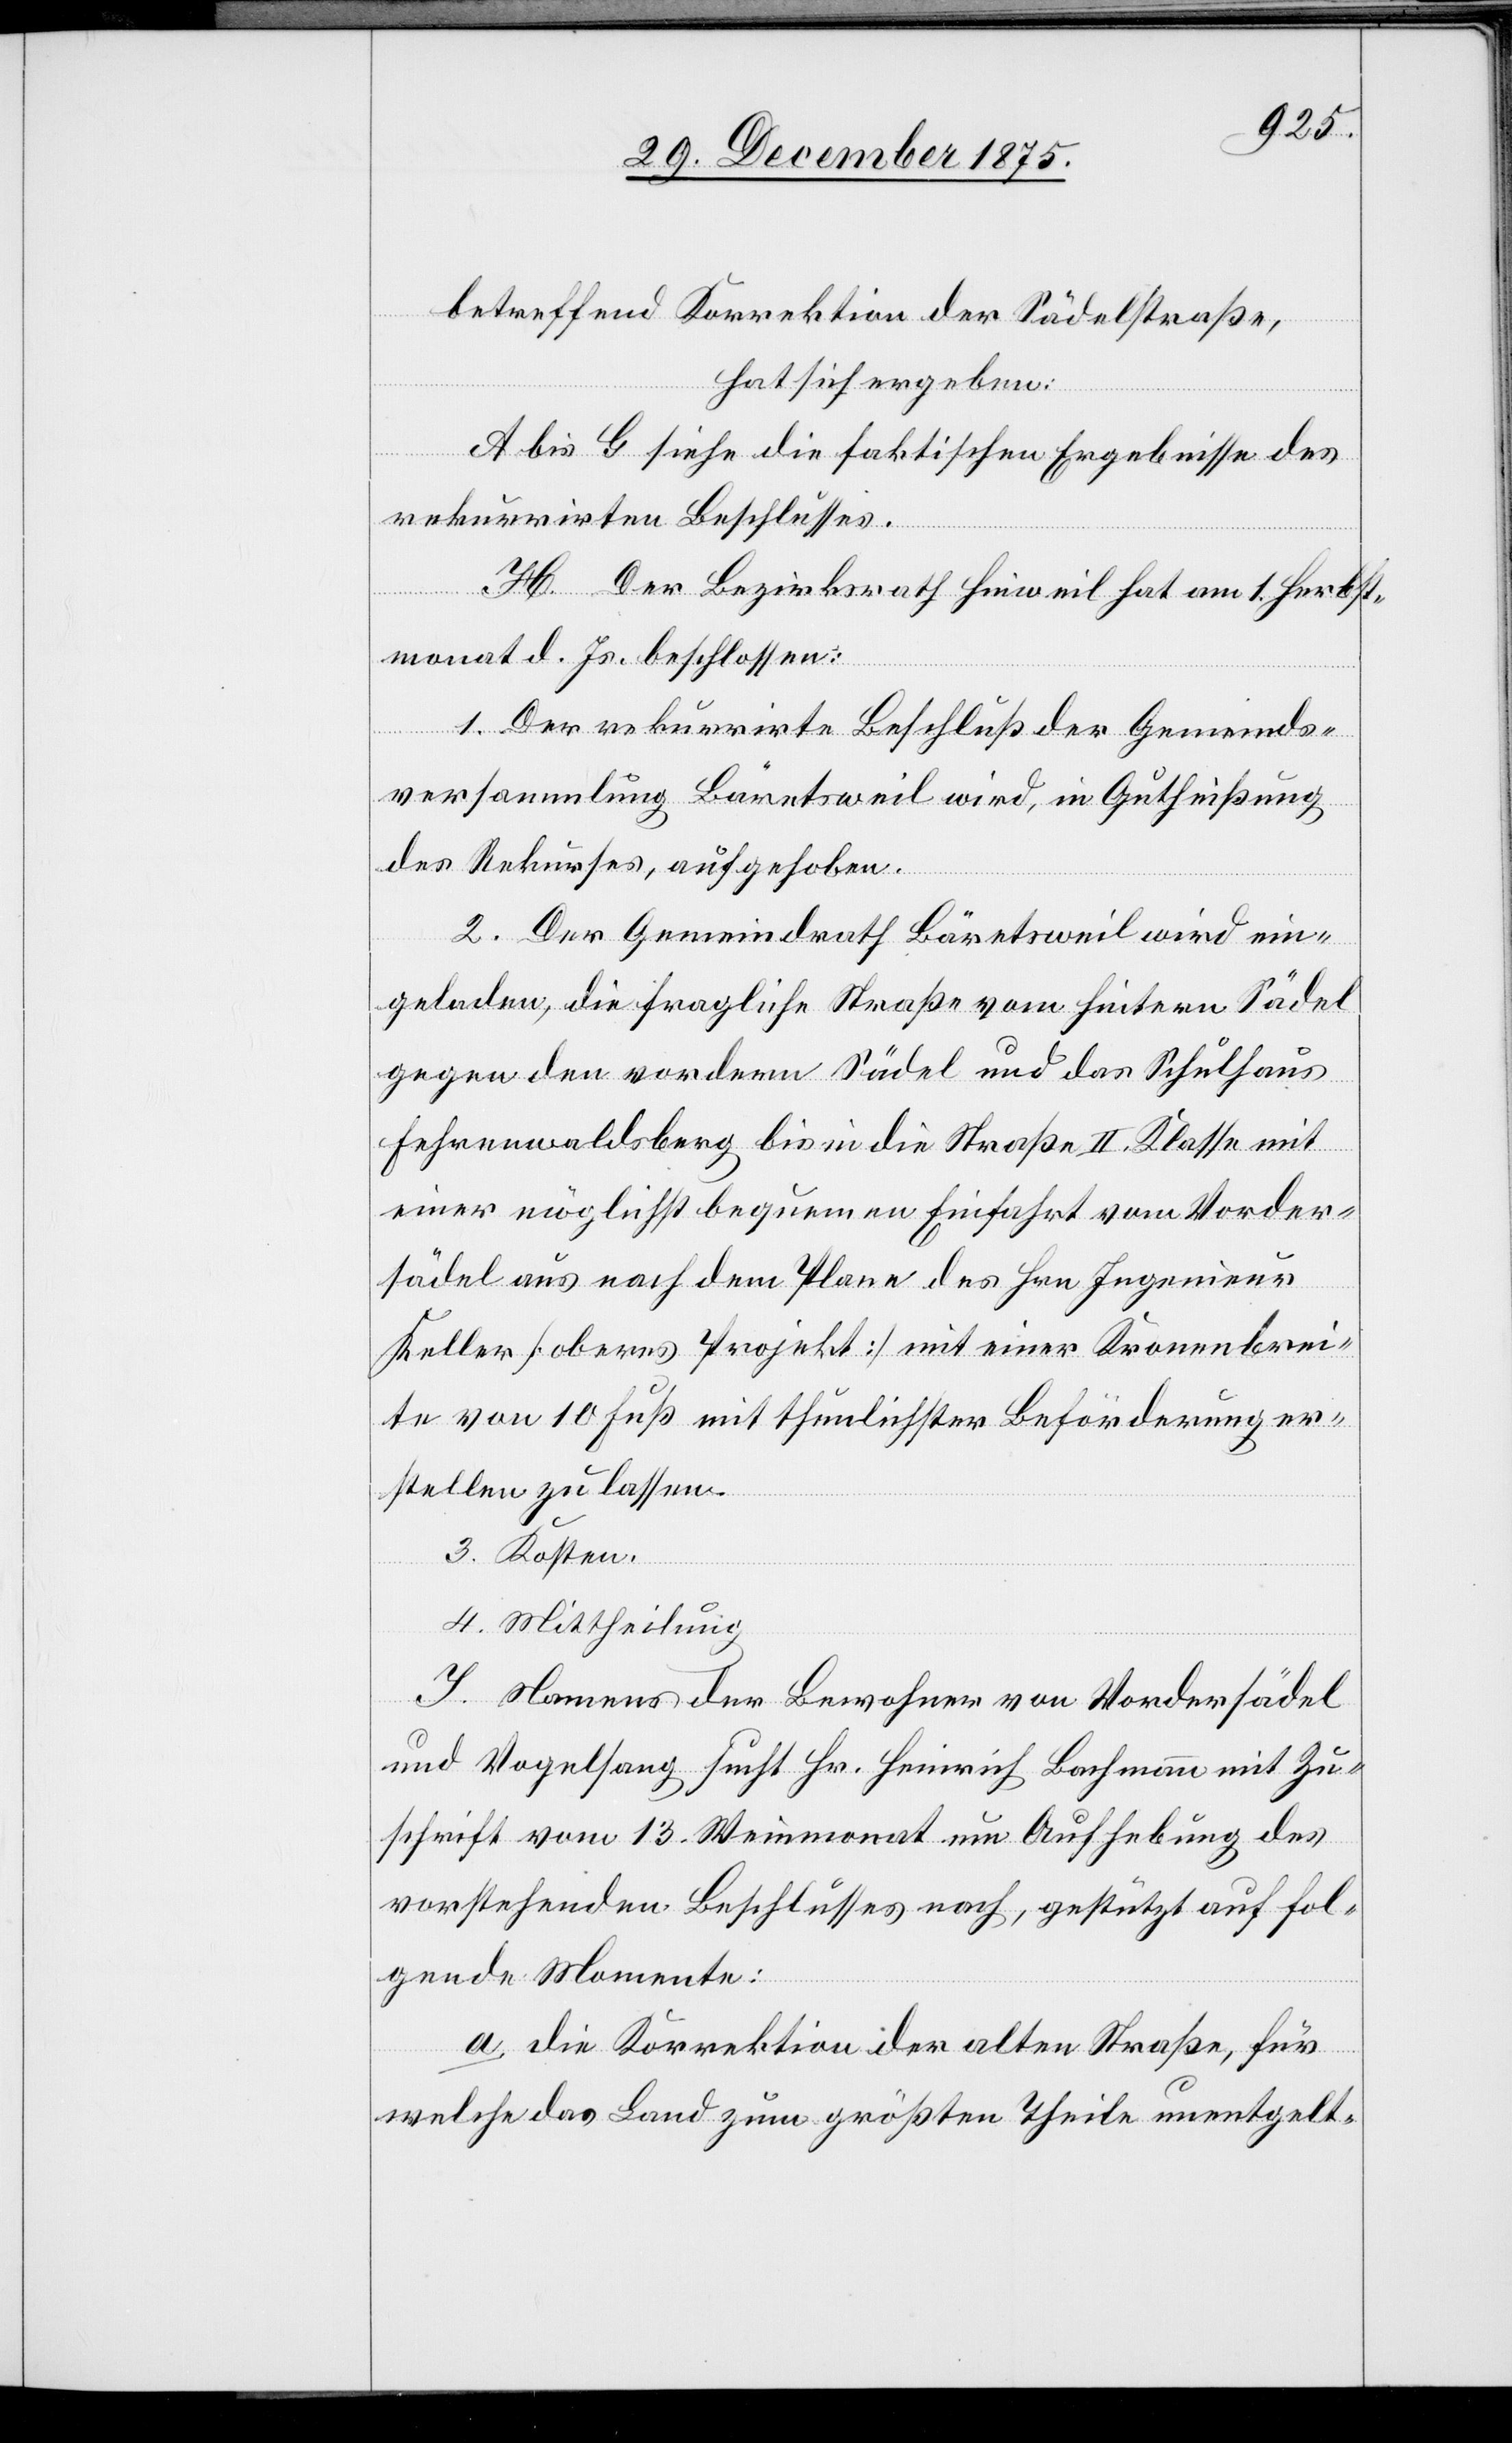
betreffend Korrektion der Sädelstraße,
hat sich ergeben:
A bis G siehe die faktischen Ergebnisse des
rekurrirten Beschlusses.
H. Der Bezirksrath Hinweil hat am 1. Herbst¬
monat d. Js. beschlossen:
1. Der rekurrirte Beschluß der Gemeinds¬
versammlung Bäretsweil wird, in Gutheißung
des Rekurses, aufgehoben.
2. Der Gemeindrath Bäretsweil wird ein¬
geladen, die fragliche Straße vom hintern Sädel
gegen den vordern Sädel und das Schulhaus
Fehrenwaldberg bis in die Straße II. Klasse mit
einer möglichst bequemen Einfahrt von Vorder¬
sädel aus nach dem Plane des Hrn. Ingenieur
Keller [oberes Projekt] mit einer Kronenbrei¬
te von 10 Fuß mit thunlichster Beförderung er¬
stellen zu lassen.
3. Kosten.
4. Mittheilung.
I. Namens der Bewohner von Vordersädel
und Vogelsang sucht Hr. Heinrich Bachmann mit Zu¬
schrift vom 13. Weinmonat um Aufhebung des
vorstehenden Beschlusses nach, gestützt auf fol¬
gende Momente:
a. die Korrektion der alten Straße, für
welche das Land zum größten Theile unentgelt-